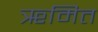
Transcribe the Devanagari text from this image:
ॠमित